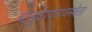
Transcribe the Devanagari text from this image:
चातुर्वर्ण्यव्यवस्थेला